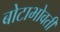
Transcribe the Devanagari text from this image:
बोटाभोवती